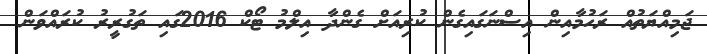
ޖަމިއްޔަތުއް ރަހުމާއިން އިސްނަގައިގެން ކުރިއަށް ގެންދާ އިލްމު ޓޯކް 2016ގައި ތަގުރީރު ކުރައްވަން